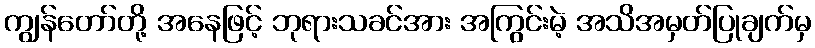
ကျွန်တော်တို့ အနေဖြင့် ဘုရားသခင်အား အကြွင်းမဲ့ အသိအမှတ်ပြုချက်မှ